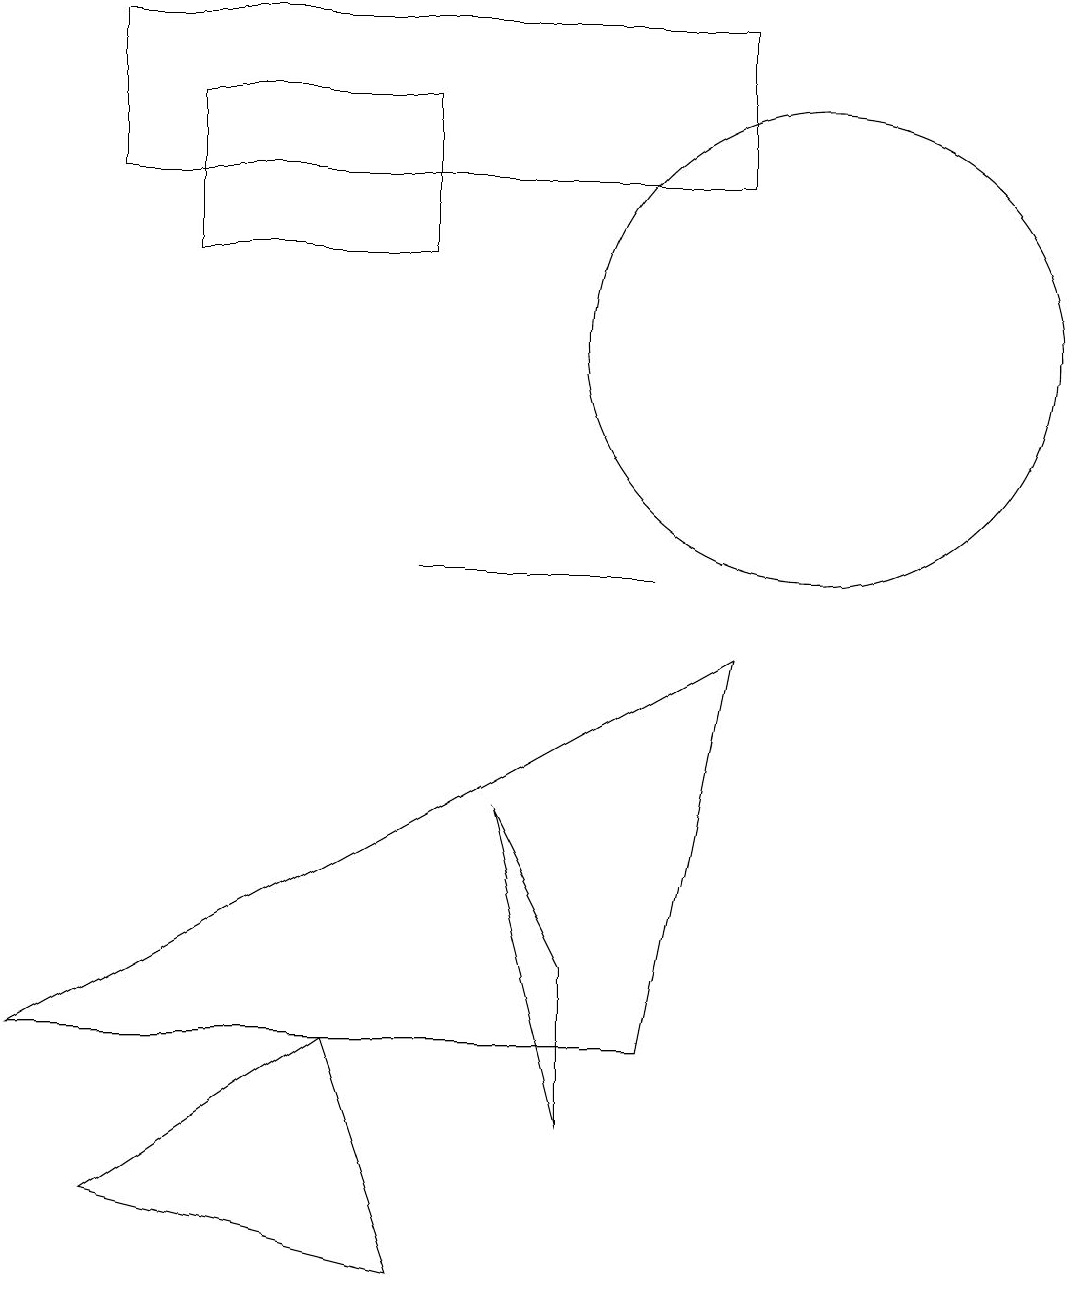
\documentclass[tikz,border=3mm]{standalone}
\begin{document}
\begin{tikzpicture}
\draw (9,14) rectangle (1,16);
\draw (5,0) -- (4,3) -- (1,1) -- cycle;
\draw (8,9) -- (5,9) -- (8,9) -- cycle;
\draw (2,15) rectangle (5,13);
\draw (10,12) circle (3);
\draw (9,8) -- (0,3) -- (8,3) -- cycle;
\draw (7,2) -- (6,6) -- (7,4) -- cycle;
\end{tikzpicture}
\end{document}